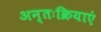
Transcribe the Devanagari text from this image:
अन्तःक्रियाएं